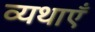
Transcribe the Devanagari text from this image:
व्यथाएँ